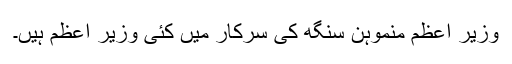
وزیر اعظم منموہن سنگھ کی سرکار میں کئی وزیر اعظم ہیں۔